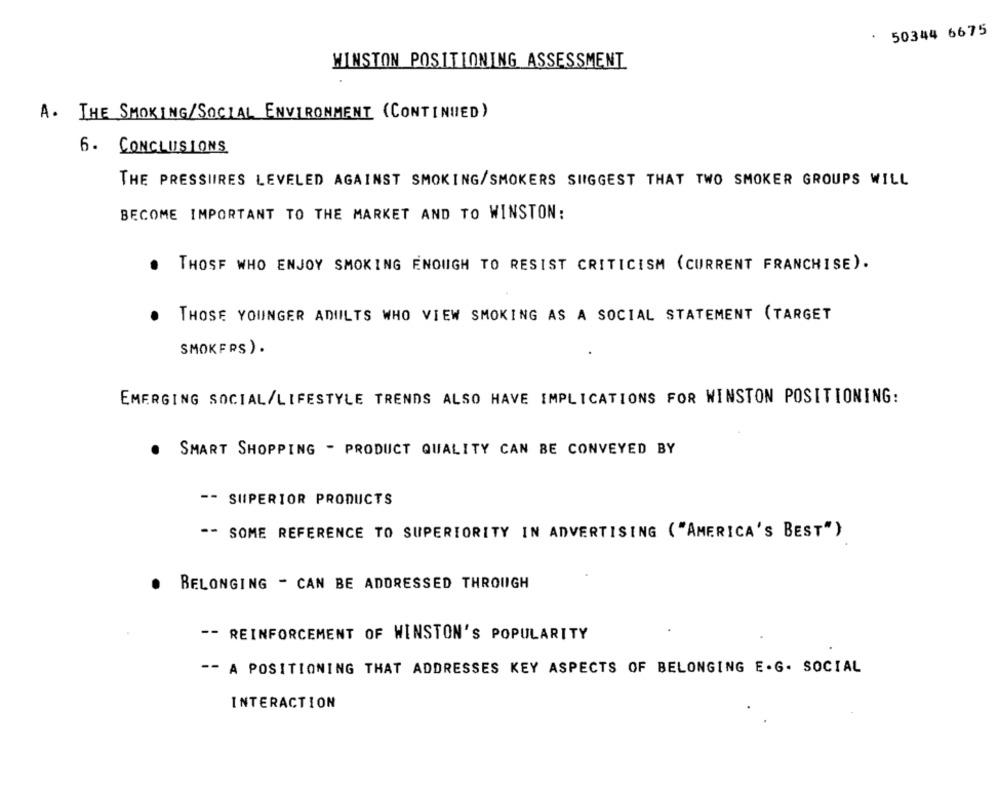
50344 6675
WINSTON POSITIONING ASSESSMENT
A. THE SMOKING/SOCIAL ENVIRONMENT (CONTINUED)
6. CONCLUSIONS
THE PRESSIIRES LEVELED AGAINST SMOKING/SMOKERS SUGGEST THAT TWO SMOKER GROUPS WILL
BECOME IMPORTANT TO THE MARKET AND TO WINSTON:
. THOSE WHO ENJOY SMOKING ENOUGH TO RESIST CRITICISM (CURRENT FRANCHISE).
THOSE YOUNGER ADIILTS WHO VIEW SMOKING AS A SOCIAL STATEMENT (TARGET
SMOKERS).
EMERGING SOCIAL/LIFESTYLE TRENDS ALSO HAVE IMPLICATIONS FOR WINSTON POSITIONING:
SMART SHOPPING - PRODUCT QUALITY CAN BE CONVEYED BY
-- SUPERIOR PRODUCTS
** SOME REFERENCE TO SUPERIORITY IN ADVERTISING ("AMERICA'S BEST")
BELONGING - CAN BE ADDRESSED THROUGH
-- REINFORCEMENT OF WINSTON'S POPULARITY
-- A POSITIONING THAT ADDRESSES KEY ASPECTS OF BELONGING E.G. SOCIAL
INTERACTION